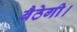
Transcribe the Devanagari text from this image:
बैठेगी।